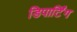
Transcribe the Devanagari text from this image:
डिपार्टिंग